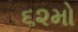
૬૨મો